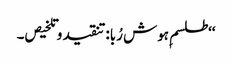
‘‘طلسم ِہوش رُبا:تنقید و تلخیص۔